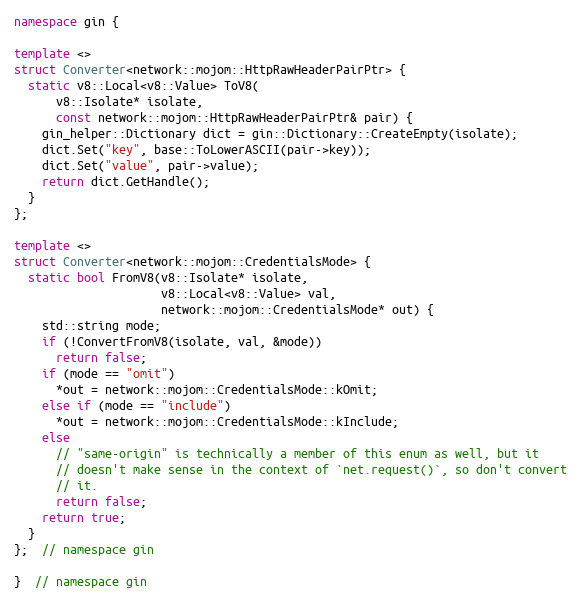
Language: C++
namespace gin {

template <>
struct Converter<network::mojom::HttpRawHeaderPairPtr> {
  static v8::Local<v8::Value> ToV8(
      v8::Isolate* isolate,
      const network::mojom::HttpRawHeaderPairPtr& pair) {
    gin_helper::Dictionary dict = gin::Dictionary::CreateEmpty(isolate);
    dict.Set("key", base::ToLowerASCII(pair->key));
    dict.Set("value", pair->value);
    return dict.GetHandle();
  }
};

template <>
struct Converter<network::mojom::CredentialsMode> {
  static bool FromV8(v8::Isolate* isolate,
                     v8::Local<v8::Value> val,
                     network::mojom::CredentialsMode* out) {
    std::string mode;
    if (!ConvertFromV8(isolate, val, &mode))
      return false;
    if (mode == "omit")
      *out = network::mojom::CredentialsMode::kOmit;
    else if (mode == "include")
      *out = network::mojom::CredentialsMode::kInclude;
    else
      // "same-origin" is technically a member of this enum as well, but it
      // doesn't make sense in the context of `net.request()`, so don't convert
      // it.
      return false;
    return true;
  }
};  // namespace gin

}  // namespace gin